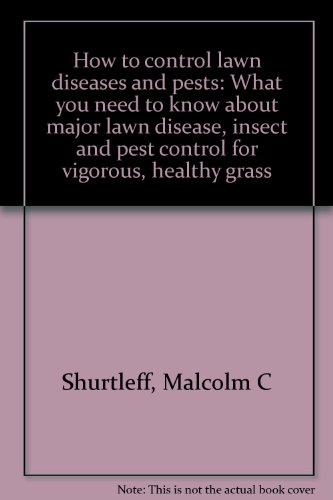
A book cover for How to control lawn diseases and pests: What you need to know about major lawn disease, insect and pest control for vigorous, healthy grass; Malcolm C Shurtleff; Crafts, Hobbies & Home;